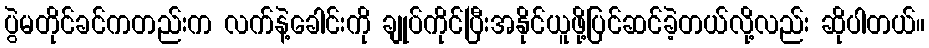
ပွဲမတိုင်ခင်ကတည်းက လက်နဲ့ခေါင်းကို ချုပ်ကိုင်ပြီးအနိုင်ယူဖို့ပြင်ဆင်ခဲ့တယ်လို့လည်း ဆိုပါတယ်။